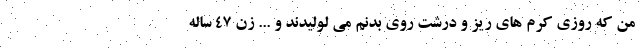
من که روزی کرم های ریز و درشت روی بدنم می لولیدند و ... زن 47 ساله